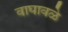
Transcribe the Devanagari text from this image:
वाघावळे